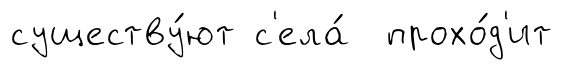
существу́ют с'ела́ прохо́д'ит